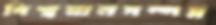
বিশ্বমানসম্পন্ন